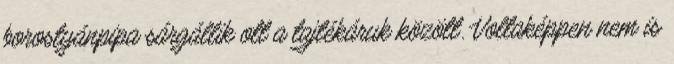
borostyánpipa sárgállik ott a tajtékáruk között. Voltaképpen nem is